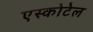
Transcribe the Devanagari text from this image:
एस्कोटेल